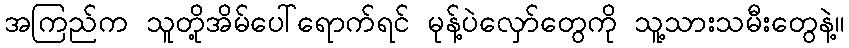
အကြည်က သူတို့အိမ်ပေါ်ရောက်ရင် မုန့်ပဲလှော်တွေကို သူ့သားသမီးတွေနဲ့။